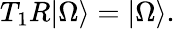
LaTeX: T_{1}R\vert\Omega\rangle=\vert\Omega\rangle.